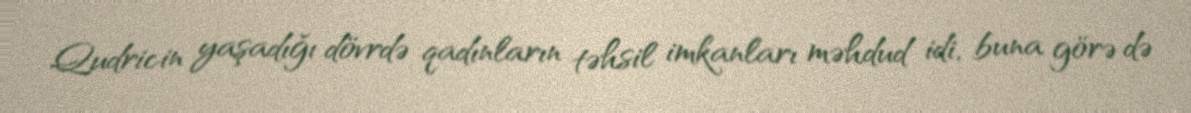
Qudricin yaşadığı dövrdə qadınların təhsil imkanları məhdud idi, buna görə də